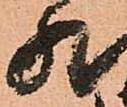
然